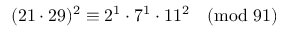
( 2 1 \cdot 2 9 ) ^ { 2 } \equiv 2 ^ { 1 } \cdot 7 ^ { 1 } \cdot 1 1 ^ { 2 } { \pmod { 9 1 } }